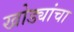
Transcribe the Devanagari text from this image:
खोड्यांचा